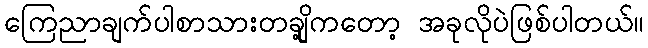
ကြေညာချက်ပါစာသားတချို့ကတော့ အခုလိုပဲဖြစ်ပါတယ်။